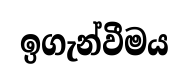
ඉගැන්වීමය